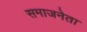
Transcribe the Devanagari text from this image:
समाजनेता